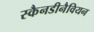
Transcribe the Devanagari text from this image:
स्कैनडीनैवियन